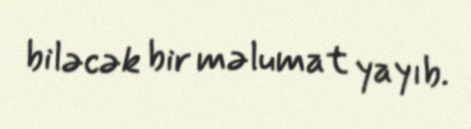
biləcək bir məlumat yayıb.